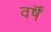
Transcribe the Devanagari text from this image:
वर्षॆं